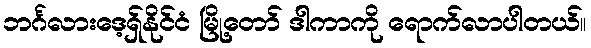
ဘင်္ဂလားဒေ့ရှ်နိုင်ငံ မြို့တော် ဒါကာကို ရောက်လာပါတယ်။